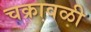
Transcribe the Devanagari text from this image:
चक्रावळी